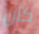
كان